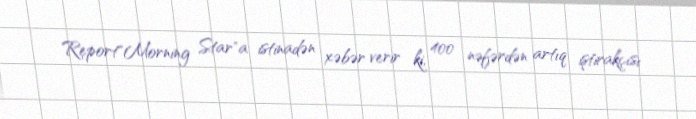
Report"Morning Star"a istinadən xəbər verir ki, 400 nəfərdən artıq iştirakçısı